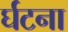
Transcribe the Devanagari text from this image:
र्घटना